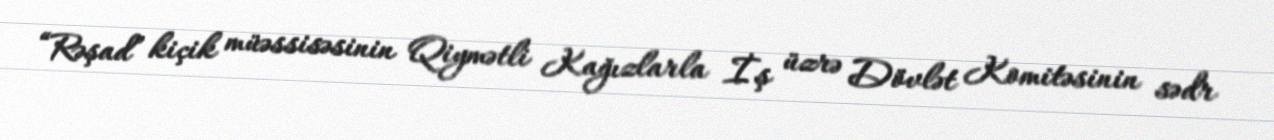
“Rəşad” kiçik müəssisəsinin Qiymətli Kağızlarla İş üzrə Dövlət Komitəsinin sədr